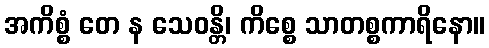
အကိစ္စံ တေ န သေဝန္တိ၊ ကိစ္စေ သာတစ္စကာရိနော။